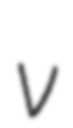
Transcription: v